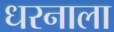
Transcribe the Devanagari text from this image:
धरनाला